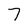
Character: 7